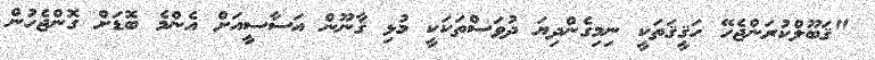
"ޤަބޫލްކުރަންޖެހޭ ހަޤީޤަތަކީ ނިމިގެންދިޔަ ދުވަސްތަކަކީ މުޅި ޤާނޫން އަސާސީއަށް އެންމެ ބޮޑަށް ގޮންޖެހުން